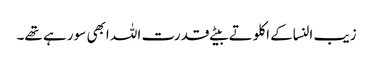
زیب النساکے اکلوتے بیٹے قدرت اللہ ابھی سو رہے تھے۔